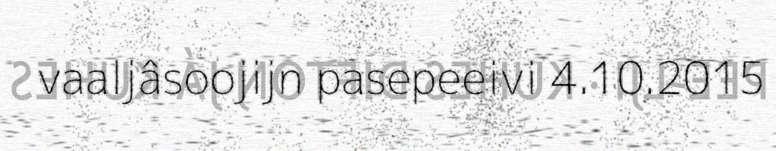
vaaljâsoojijn pasepeeivi 4.10.2015